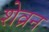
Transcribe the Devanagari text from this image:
शेव्रन